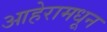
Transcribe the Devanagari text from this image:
आहेरामधून